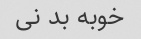
خوبه بد نی